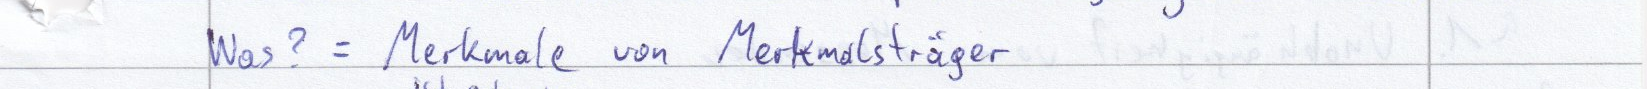
Was? = Merkmale von Merkmalsträger